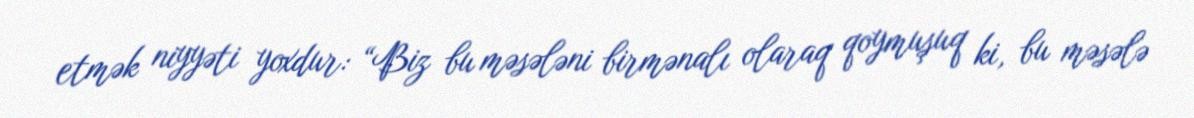
etmək niyyəti yoxdur: “Biz bu məsələni birmənalı olaraq qoymuşuq ki, bu məsələ